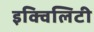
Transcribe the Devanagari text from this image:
इक्विलिटी